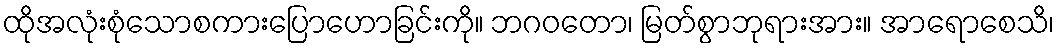
ထိုအလုံးစုံသောစကားပြောဟောခြင်းကို။ ဘဂဝတော၊ မြတ်စွာဘုရားအား။ အာရောစေသိ၊